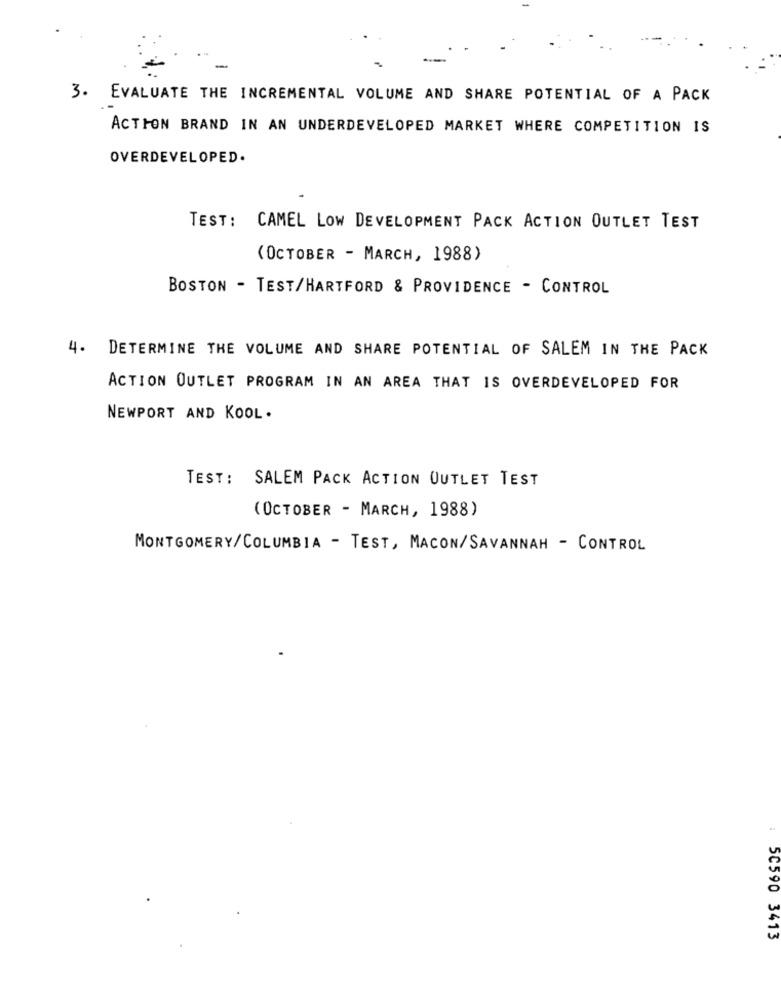
-
3. EVALUATE THE INCREMENTAL VOLUME AND SHARE POTENTIAL OF A PACK
ACTION BRAND IN AN UNDERDEVELOPED MARKET WHERE COMPETITION IS
OVERDEVELOPED.
TEST: CAMEL LOW DEVELOPMENT PACK ACTION OUTLET TEST
(OCTOBER - MARCH, 1988)
BOSTON - TEST/HARTFORD & PROVIDENCE - CONTROL
4. DETERMINE THE VOLUME AND SHARE POTENTIAL OF SALEM IN THE PACK
ACTION OUTLET PROGRAM IN AN AREA THAT IS OVERDEVELOPED FOR
NEWPORT AND KOOL.
TEST: SALEM PACK ACTION OUTLET TEST
(OCTOBER - MARCH, 1988)
MONTGOMERY/COLUMBIA - TEST, MACON/SAVANNAH - CONTROL
50590 3413